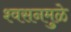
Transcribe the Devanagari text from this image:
श्वसनमुळे